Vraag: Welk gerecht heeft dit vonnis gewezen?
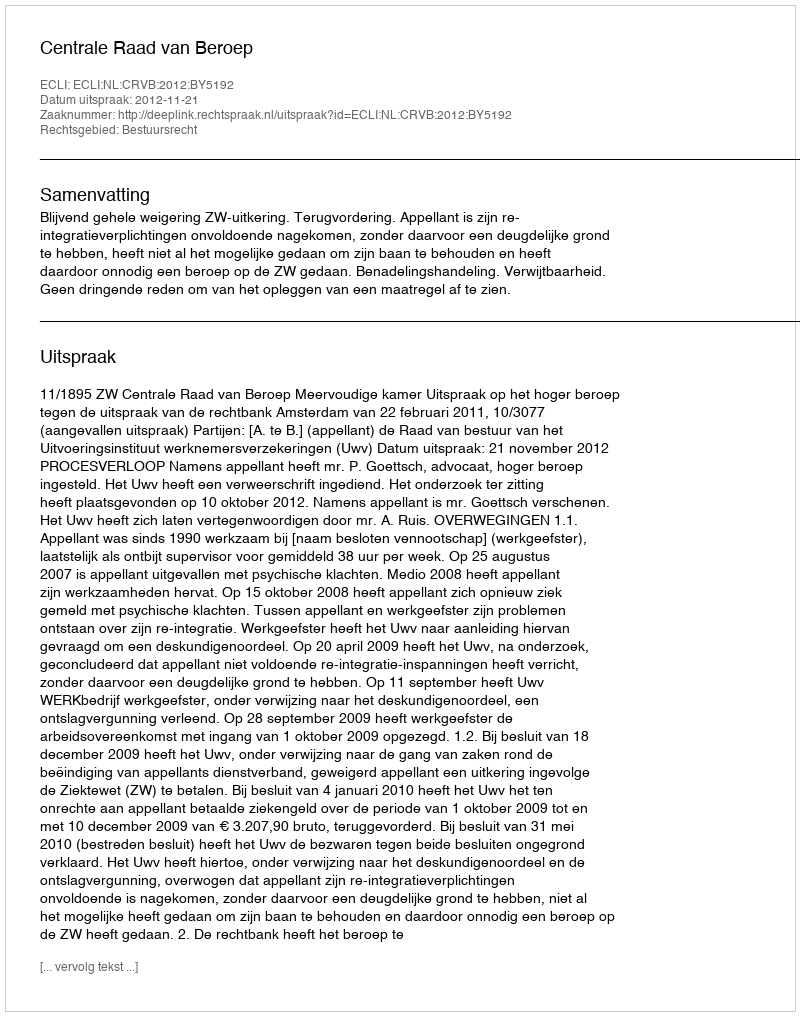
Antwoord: Centrale Raad van Beroep